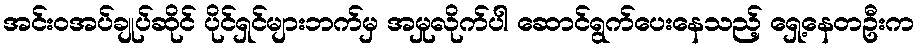
အင်းဝအပ်ချုပ်ဆိုင် ပိုင်ရှင်များဘက်မှ အမှုလိုက်ပါ ဆောင်ရွက်ပေးနေသည့် ရှေ့နေတဦးက